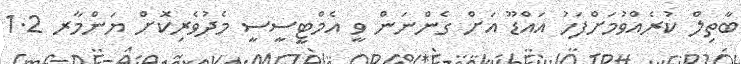
ބާތިލް ކުރެއްވުމަށްފަހު އައްޑޫ އަށް ގެންނަން ވީ އެމްޓީސީސީ މެދުވެރިކޮށް ޔަންމާރ 1.2